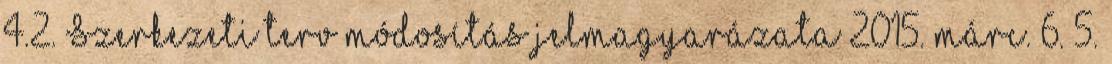
4.2. Szerkezeti terv módosítás jelmagyarázata 2015. márc. 6. 5.